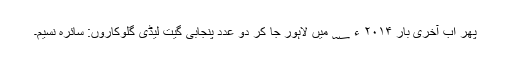
پھر اب آخری بار ۲۰۱۴ ء ؁ میں لاہور جا کر دو عدد پنجابی گیت لیڈی گلوکاروں: سائرہ نسیم۔